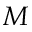
M